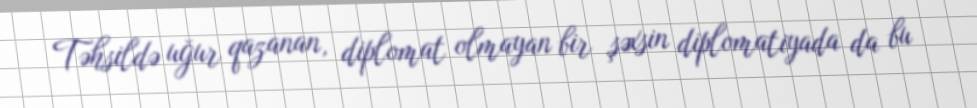
Təhsildə uğur qazanan, diplomat olmayan bir şəxsin diplomatiyada da bu